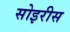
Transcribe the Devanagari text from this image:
सोइरीस